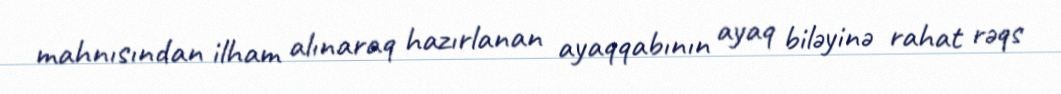
mahnısından ilham alınaraq hazırlanan ayaqqabının ayaq biləyinə rahat rəqs